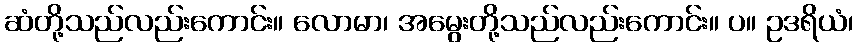
ဆံတို့သည်လည်းကောင်း။ လောမာ၊ အမွေးတို့သည်လည်းကောင်း။ ပ။ ဥဒရိယံ၊